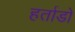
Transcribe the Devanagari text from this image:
हर्ताडो